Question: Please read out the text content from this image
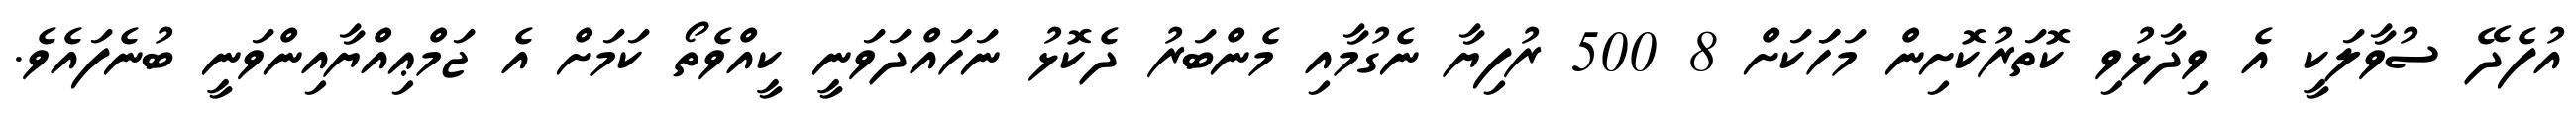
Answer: އުފެދޭ ސުވާލަކީ އެ ވިދާޅުވި ކޮތަރުކޮށިން މަހަަކަށް 8 500 ރުފިޔާ ނެގުމާއި މެންބަރު ދެކޮޅު ނަހައްދަވަނީ ކީއްވެތޯ ކަމަށް އެ ޖަމްޢިއްޔާއިންވަނީ ބުނެފައެވެ.